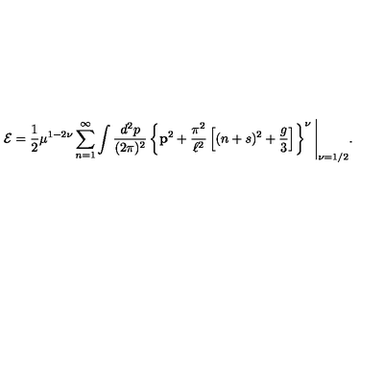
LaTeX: { \cal E } = \frac { 1 } { 2 } \mu ^ { 1 - 2 \nu } \sum _ { n = 1 } ^ { \infty } \int \frac { d ^ { 2 } p } { ( 2 \pi ) ^ { 2 } } \left\{ { \bf p } ^ { 2 } + \frac { \pi ^ { 2 } } { \ell ^ { 2 } } \left[ ( n + s ) ^ { 2 } + \frac { g } { 3 } \right] \right\} ^ { \nu } \Bigg | _ { \nu = 1 / 2 } .